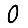
Digit: 0